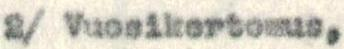
2/ Vuosikertomus